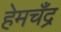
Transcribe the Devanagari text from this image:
हेमचँद्र